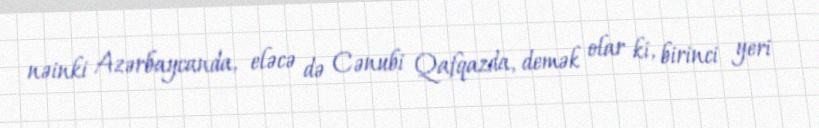
nəinki Azərbaycanda, eləcə də Cənubi Qafqazda, demək olar ki, birinci yeri